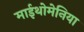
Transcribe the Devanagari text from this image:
माईथोमेनिया